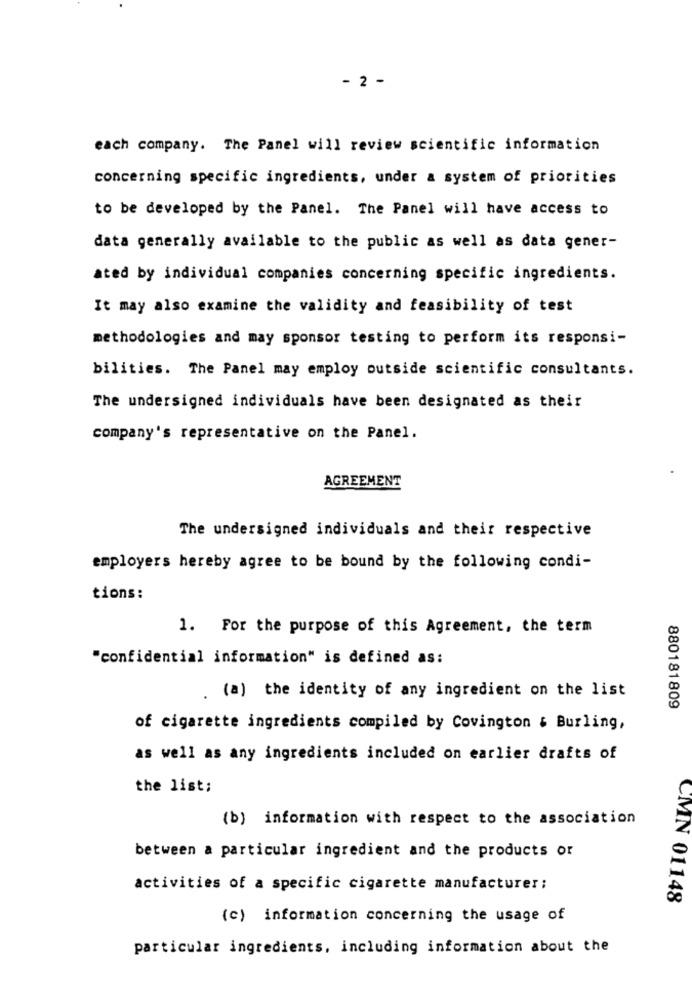
- 2 -
each company. The Panel will review scientific information
concerning specific ingredients, under a system of priorities
to be developed by the Panel. The Panel will have access to
data generally available to the public as well as data gener-
ated by individual companies concerning specific ingredients.
It may also examine the validity and feasibility of test
methodologies and may sponsor testing to perform its responsi-
bilities. The Panel may employ outside scientific consultants.
The undersigned individuals have been designated as their
company's representative on the Panel.
AGREEMENT
The undersigned individuals and their respective
employers hereby agree to be bound by the following condi-
tions:
1. For the purpose of this Agreement, the term
"confidential information" is defined as:
.(a) the identity of any ingredient on the list
880181809
of cigarette ingredients compiled by Covington & Burling,
as well as any ingredients included on earlier drafts of
the list;
(b) information with respect to the association
between a particular ingredient and the products or
activities of a specific cigarette manufacturer;
CMN 01148
(c) information concerning the usage of
particular ingredients, including information about the